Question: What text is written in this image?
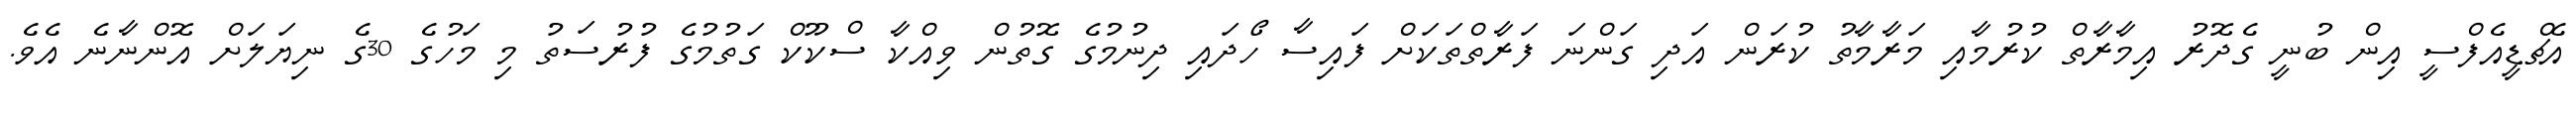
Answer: އެޗްޑީއެފްސީ އިން ބުނީ ގެދޮރު އިމާރާތް ކުރުމާއި މަރާމާތު ކުރަން އަދި ގަންނަ ފަރާތްތަކަށް ފައިސާ ހޯދައި ދިނުމުގެ ގޮތުން ވިއްކާ ސްކޫކް ގަތުމުގެ ފުރުސަތު މި މަހުގެ 30ގެ ނިޔަލަށް އޮންނާނެ އެވެ.